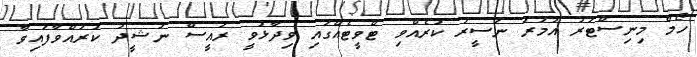
ހޯމް މިނިސްޓަރު އުމަރު ނަސީރު ކުރެއްވި ޓްވީޓެއްގައި ވިދާޅުވީ ރައީސް ނަޝީދު ކުރައްވާފައިވާ